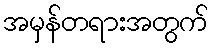
အမှန်တရားအတွက်